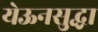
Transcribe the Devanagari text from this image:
येऊनसुद्धा